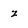
Character: z